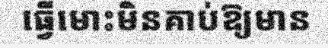
ធ្វើមោះមិនគាប់ឱ្យមាន